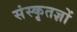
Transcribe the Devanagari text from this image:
संस्कृतज्ञों